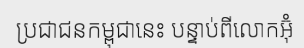
ប្រជាជនកម្ពុជានេះ បន្ទាប់ពីលោកអ៊ុំ